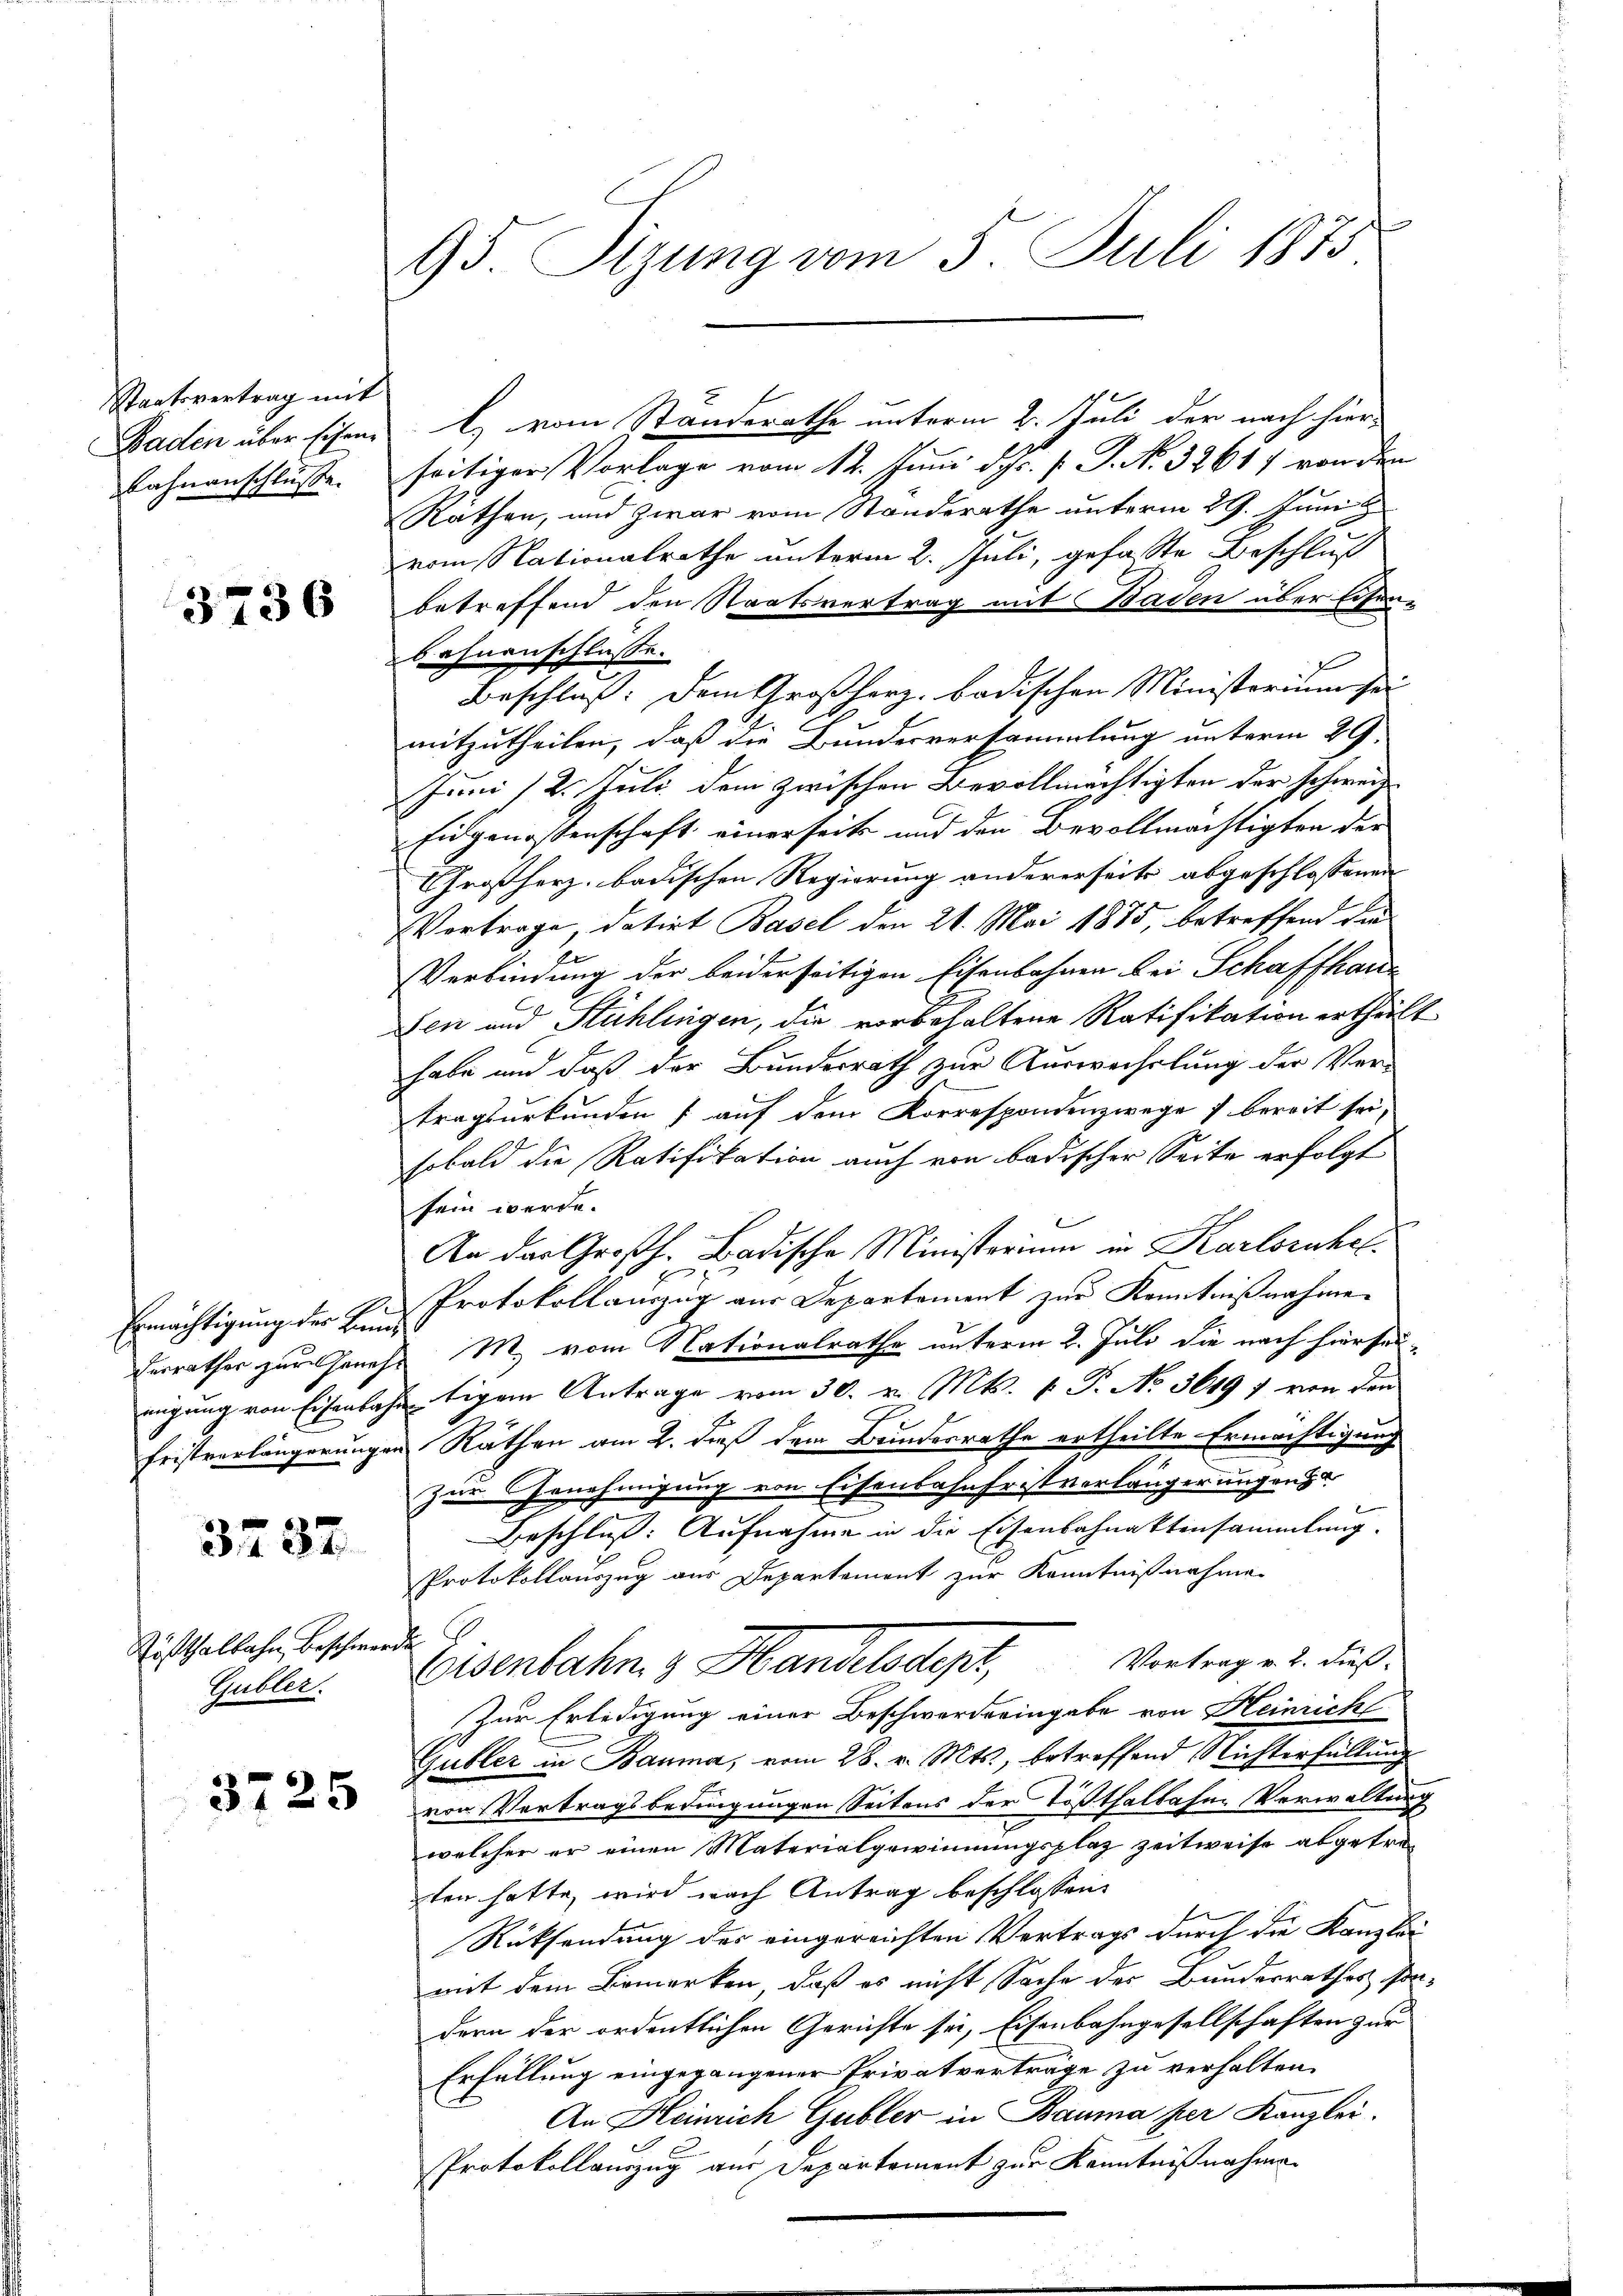
Staatsvertrag mit
Lahnanschlüsse.

3736

3737.

Röstthalbahn Beschwerde
Gubler.

95. Sizung vom 5. Juli 1875

Baden über sichen l. vom Standerathe unterm 2. Juli der nach hierseitiger Vorlage vom 12. Juni d. Js. f. J. N. 3261) von den
Räthen, und zwar vom Standerathe unterm 29. Juni
vom Nationalrathe unterm 2. Juli, gefasste Beschluß
betreffend den Staatsvertrag mit Baden über Eisen-
bahnenschlüsse.
Beschluß: dem Großherz badischen Ministerium sei
mitzutheilen, daß die Bundesversammlung unterm 29.
Juni /2. Juli dem zwischen Bevollmächtigten der Schweiz
Eidgenossenschaft einerseits und den Bevollmächtigten der
Großherz, badischen Regierung andererseits abgeschlossenen
VVortrage, datirt Basel den 21. Mai 1875, betreffend die
Verbindung der beiderseitigen Eisenbahnen bei Schaffhau¬
Den und Hühlingen, die vorbehaltene Ratifikation ertheilt
habe und daß der Bundesrath zur Auswechslung der Ver-
tragsurkunden, auf dem Korrespondenzwege bereit sei,
sobald die Ratifikation auch von badischer Seite erfolgt
sein werde.
An das Großh. Badische Ministerium in Karlsruhel¬
Ermächtigung der Eine Protokollauszug aus Departement zur Kenntnißnahme
Ferrathes zur Genehs M. vom Nationalrathe unterm 2. Juli die nach hierseieigung von Eisenbahn tigem Antrage vom 30. v. Mts. f. P. No 3619 f von den
Fristverlängerungen Räthen am 2. dieß dem Bundesrathe ertheilte Ermächtigung
zur Genehmigung von Eisenbahnfristverlängerungen
Beschluß: Aufnahme in die Eisenbahnaktensammlung.
Protokollauszug aus Departement zur Kenntnißnahme
Vortrag v. 2. dieß.
Eisenbahn & Handelsheit,
Zur Erledigung einer Beschwerdeeingabe von Heinrich
Gubler in Bauma, vom 28. v. Mts., betreffend Nichterfüllung
  von Vertragsbedingungen Seitens der Tößthalbahne Verwaltung
welcher er einen Materialgewinnungsplaz zeitweise abgetrezten hatte, wird nach Antrag beschlossen:
Rücksendung des eingereichten Vertrags durch die Kanzlei
mit dem Bemerken, daß es nicht Sache des Bundesrathes
dern der ordentlichen Gerichte sei, Eisenbahngesellschaften zur
Erfüllung eingegangener Privatverträge zu verhalten.
An Heinrich Gubler in Bauma per Kanzlei.
Protokollauszug aus Departement zur Kenntnißnahme.